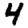
Digit: 4